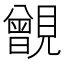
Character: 𧢐